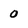
Character: 0